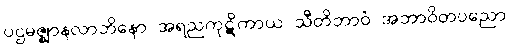
ပဌမဇ္ဈာနလာဘိနော အရညကုဋိကာယ သီတိဘာဝံ အဘာဝိတပညော